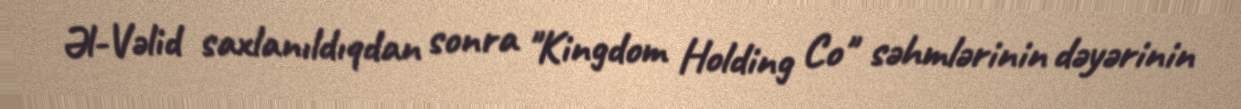
Əl-Vəlid saxlanıldıqdan sonra "Kingdom Holding Co" səhmlərinin dəyərinin